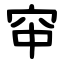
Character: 䆔